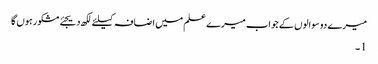
میرے دو سوالوں کے جواب میرے علم میں اضافہ کیلئے لکھ دیجئے مشکور ہوں گا
1 ۔